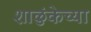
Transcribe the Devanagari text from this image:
शाळुंकेच्या